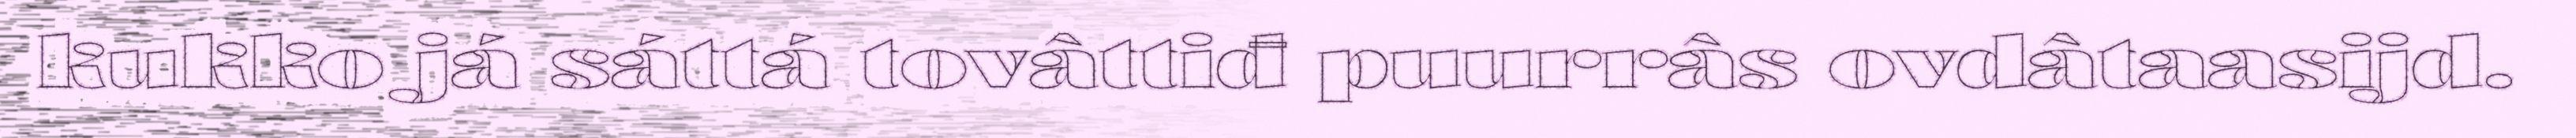
kukko já sáttá tovâttiđ puurrâs ovdâtaasijd.